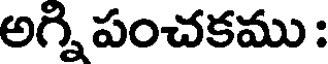
అగ్నిపంచకము :